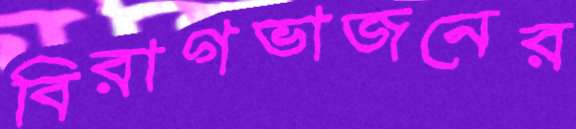
বিরাগভাজনের